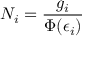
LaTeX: N _ { i } = { \frac { g _ { i } } { \Phi ( \epsilon _ { i } ) } }